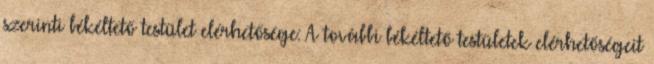
szerinti békéltető testület elérhetősége: A további békéltető testületek elérhetőségeit